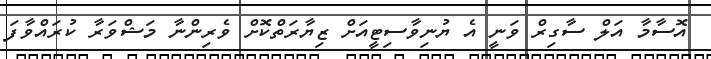
އޮސާމާ އަލް ސާގިރް ވަނީ އެ ޔުނިވާސިޓީއަށް ޒިޔާރަތްކޮށް ވެރިންނާ މަޝްވަރާ ކުރައްވާފަ